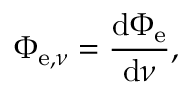
\Phi _ { \mathrm { e } , \nu } = { \frac { \mathrm { d } \Phi _ { \mathrm { e } } } { \mathrm { d } \nu } } ,